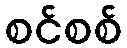
စင်စစ်